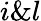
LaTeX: i\And l